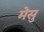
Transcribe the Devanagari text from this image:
मेसु